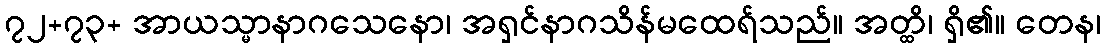
၇၂+၇၃+ အာယသ္မာနာဂသေနော၊ အရှင်နာဂသိန်မထေရ်သည်။ အတ္ထိ၊ ရှိ၏။ တေန၊